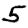
Digit: 5